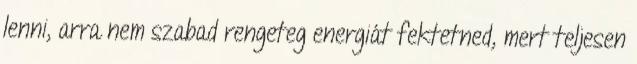
lenni, arra nem szabad rengeteg energiát fektetned, mert teljesen